Leaving Certificate Examination, 1920
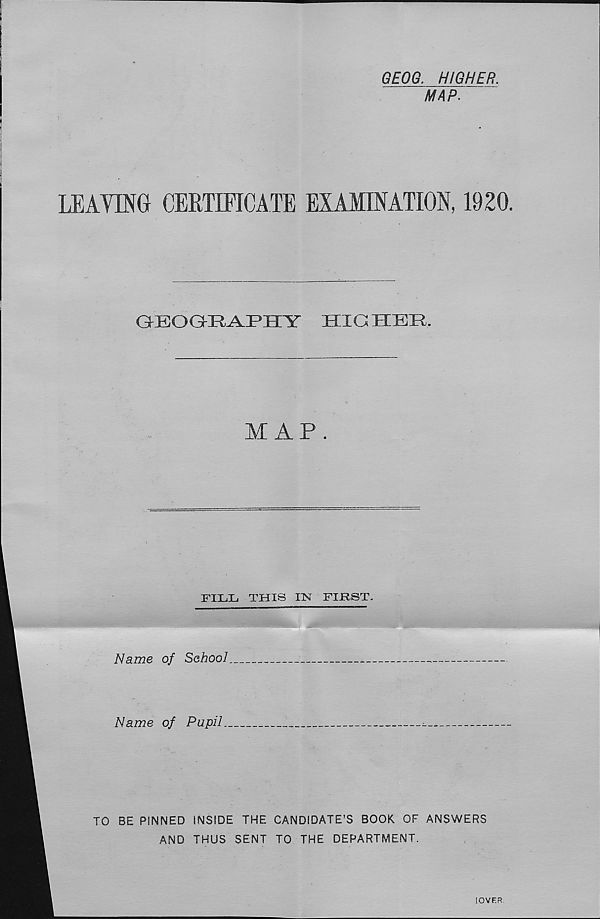
QEOQ. HIGHER.
MAP.
LEAVING CERTIFICATE EXAMINATION, 1020.
GEOGRAPHY
HIGHER.
MAP.
FILL THIS IN FIRST.
Name of School.
Name of Pupil.
TO BE PINNED INSIDE THE CANDIDATE’S BOOK OF ANSWERS
AND THUS SENT TO THE DEPARTMENT.
[OVER-